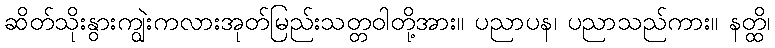
ဆိတ်သိုးနွားကျွဲးကလားအုတ်မြည်းသတ္တဝါတို့အား။ ပညာပန၊ ပညာသည်ကား။ နတ္ထိ၊